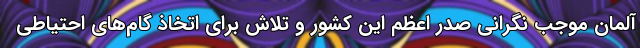
آلمان موجب نگرانی صدر اعظم این کشور و تلاش برای اتخاذ گام‌های احتیاطی